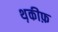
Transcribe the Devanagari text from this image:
थ़कीफ़